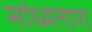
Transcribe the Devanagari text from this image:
सांध्यतारा